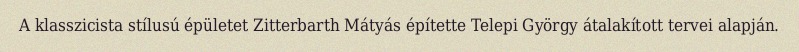
A klasszicista stílusú épületet Zitterbarth Mátyás építette Telepi György átalakított tervei alapján.